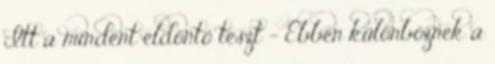
Itt a mindent eldöntő teszt – Ebben különböznek a